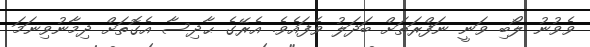
ވެވުނު ލޯބި ވަނީ ނަފްރަތަށް ބަދަލު ވެފައެވެ. އެރޭގެ ޙާދިސާ އެގޮތަށް ދިމާނުވިނަމަ